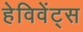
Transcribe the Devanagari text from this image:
हेविवेंट्स